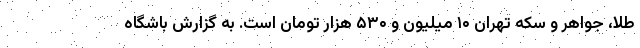
طلا، جواهر و سکه تهران ۱۰ میلیون و ۵۳۰ هزار تومان است. به گزارش باشگاه